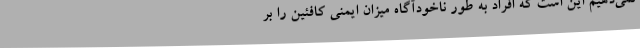
نمی‌دهیم این است که افراد به طور ناخودآگاه میزان ایمنی کافئین را بر